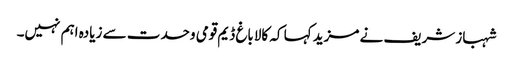
شہباز شریف نے مزید کہا کہ کالاباغ ڈیم قومی وحدت سے زیادہ اہم نہیں۔